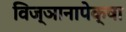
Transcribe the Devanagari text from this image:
विज्ञानापेक्षा